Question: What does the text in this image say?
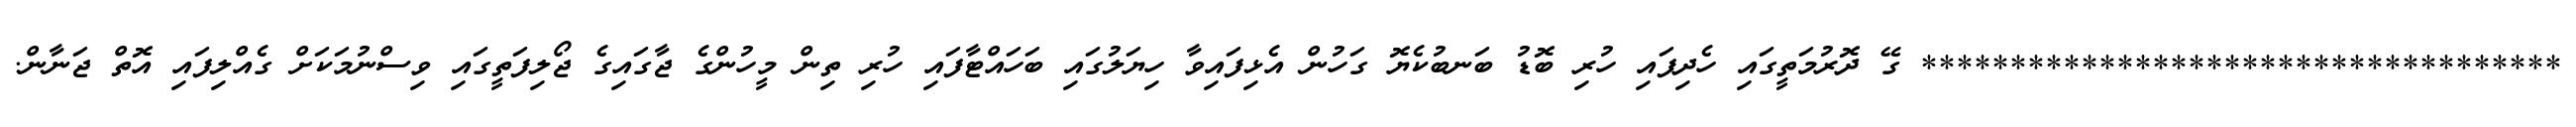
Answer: ************************************ ގޭ ދޮރުމަތީގައި ހެދިފައި ހުރި ބޮޑު ބަނބުކެޔޮ ގަހުން އެޅިފައިވާ ހިޔަލުގައި ބަހައްޓާފައި ހުރި ތިން މީހުންގެ ޖާގައިގެ ޖޯލިފަތީގައި ވިސްނުމަކަށް ގެއްލިފައި އޮތް ޖަނާން.